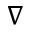
\nabla